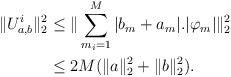
LaTeX: \begin{align*}\|U^{i}_{a,b}\|_{2}^{2}&\leq\| \sum_{m_i=1}^M |b_{m} + a_{m}|. |\varphi_{m}| \|_{2}^{2}\\&\leq 2 M (\|a\|_{2}^{2}+\|b\|_{2}^{2}).\end{align*}